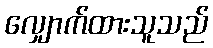
လျှောက်ထားသူသည်